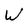
Character: W